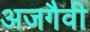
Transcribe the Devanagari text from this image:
अजगैवी